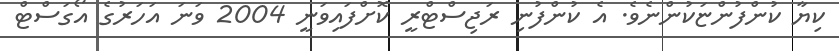
ކިޔާ ކުންފުންޏަކުންނެވެ. އެ ކުންފުނި ރަޖިސްޓްރީ ކޮށްފައިވަނީ 2004 ވަނަ އަހަރުގެ އޯގަސްޓް